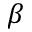
\beta